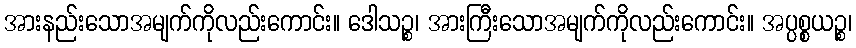
အားနည်းသောအမျက်ကိုလည်းကောင်း။ ဒေါသဉ္စ၊ အားကြီးသောအမျက်ကိုလည်းကောင်း။ အပ္ပစ္စယဉ္စ၊